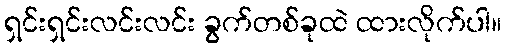
ရှင်းရှင်းလင်းလင်း ခွက်တစ်ခုထဲ ထားလိုက်ပါ။